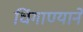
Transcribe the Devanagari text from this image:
धिंगाण्याने